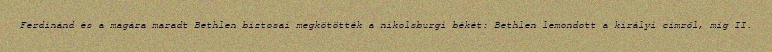
Ferdinánd és a magára maradt Bethlen biztosai megkötötték a nikolsburgi békét: Bethlen lemondott a királyi címről, míg II.